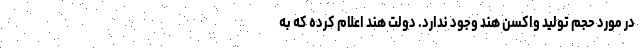
در مورد حجم تولید واکسن هند وجود ندارد. دولت هند اعلام کرده که به